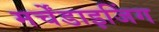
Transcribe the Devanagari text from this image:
मर्चेंडाइजिंग